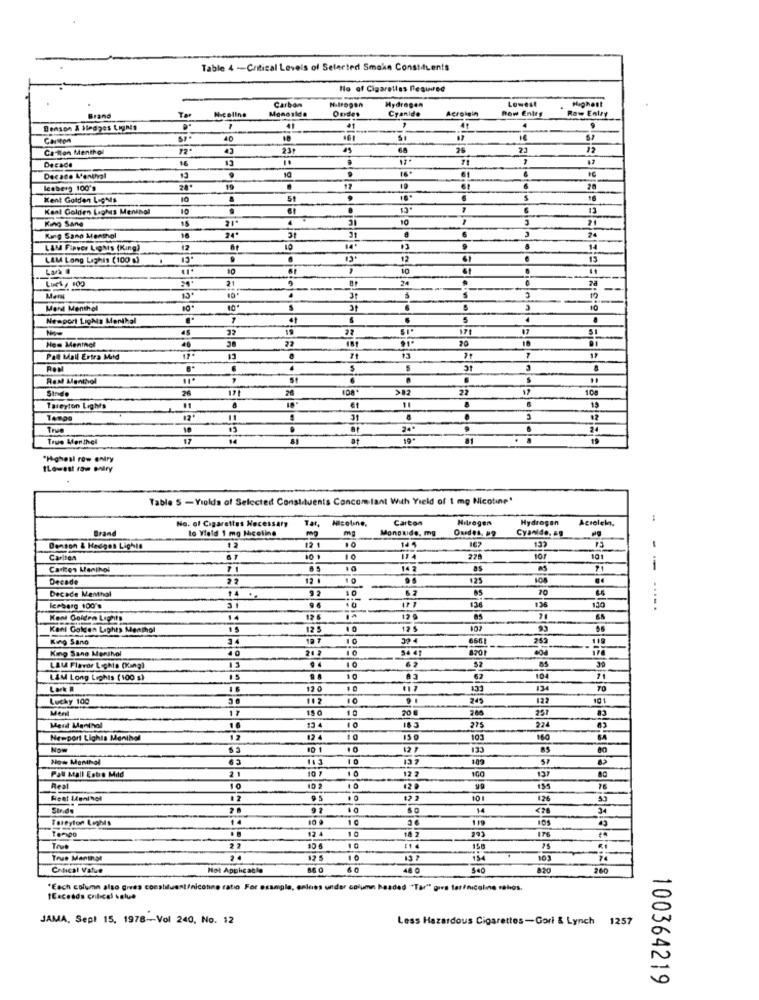
Table 4 -Critical Levels of Selected Smoke Constdients
No of Cigarettes Required
Highest
Menoslda
Carbon
Oudes
Hydrogen
Cyanide
Acrossin
Row Entry
Lowest
Brand
Ten
Nicoline
Raw Entry
Benson & biedzes Lignis
41
41
Carsten
40
Cation Menthol
231
26
2.3
12
16
13
Decade
Decade M'onthval
61
leeberg 100's
17
10
20
Kent Golden Lights
10
.
51
Kent Golden Lights Menthal
10
.
13
15
King Sane
31
10
21
6
3
Kang Sano Menthol
16
24*
31
24
LAM Fipver Ligas (King)
12
10
14
14
LAM Long Laghis (100 g)
.
12
13
Lars .
,
10
Lust, 100
21
24
.
25
Mend Menthol
31
10
Newport LigMa Menthal
.
5
.
32
22
SI
SI
How Mentnet
48
22
10
16
Patt Mail Ertra Mild
13
Ramt Menthol
Sinde
26
26
>82
22
108
171
6
Tareyton Lights
11
19
31
3
10
24
9
24
True Monthel
12
19
19
"Highest row entry
TLowest raw oniry
Table S - Violds of Selected Constituents Concomitant With Yield of 1 mg Nicotine"
No. of Cigarettes Necessary
Tar, Micoline.
Carton
Nitrogen
Hydrogen
Acıolela.
Brand
to Yield 1 mg Nicotine
mg
Monoxide, mg
Cyanide. ..
10
14 5
167
132
-
Benson & Hedges Lighis
12
12 1
Carlton
67
270
10/
101
Carken Menthol
71
14 2
as
11
Decade
22
10
125
..
Decade Menthol
92
10
70
14 .
Iceberg 100's
31
96
136
130
Kent Golden Lights
14
12 6
12 9
85
Keni Golden Lights Menthol
15
12
10
12
King Sano
34
12 7
10
32 4
666
253
King Sano Menthol
40
10
54 €1
870
LAM Flavor Lights (King)
62
LAM Long Lights (100 s)
10
62
104
71
120
134
TO
Lucky 100
112
245
122
101
Ment
17
15.0
200
Merd Menthol
13 4
10
16 3
275
234
Newport Lights Menthol
12
12
103
180
Now
12 7
133
80
Now Menthol
65
113
10
13 7
57
Paul acall Estre Mild
10
10
12 2
100
137
Real
10
120
795
Hest Meninel
9 5
10 1
126
Str.de
9 2
14
<20
24
Taseyton Lights
14
10
a e
10
18 2
119
176
293
10 6
150
75
True Manthat
10
13 7
103
Conical Value
Not Applicable
86 C
540
820
"Each column also gives constituent/nicotine ratio For example, enlues under column headed ""Tar" gira tatinicoline ratios,
tExceads crilical value
JAMA, Sepl 15, 1978-Vol 240, No. 12
Less Hazardous Cigarettes -Gori & Lynch 1257
100364219